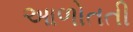
આળોતતી